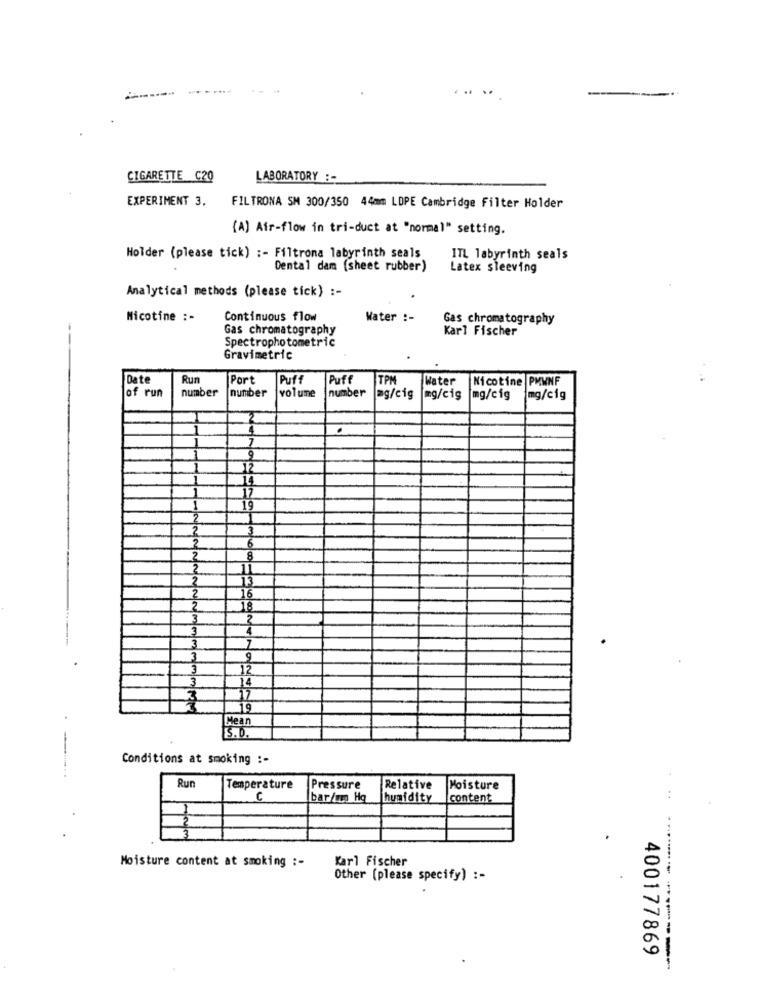
--
CIGARETTE C20
LABORATORY :-
EXPERIMENT 3.
FILTRONA SM 300/350 44mm LDPE Cambridge Filter Holder
(A) Air-flow in tri-duct at "normal" setting.
Holder (please tick) :- Filtrona labyrinth seals
ITL labyrinth seals
Dental dam (sheet rubber)
Latex sleeving
Analytical methods (please tick) :-
Nicotine :-
Continuous flow
Water :-
Gas chromatography
Gas chromatography
Karl Fischer
Spectrophotometric
Gravimetric
Date
Run
Port
Puf
Puff
TPM
Water
Nicotine PMWNF
number
number
number
of run
volume
mg/cig
mg/cis
mg/cig
img/cig
1
7
9
12
14
17
19
3
6
8
11
WwWWWWWwNn
13
16
18
7
9
12
14
17
19
Mean
S.D.
Conditions at smoking :-
Run
Temperature
Pressure
Relative
Moisture
6
bar/wo Hq
humidity
content
Moisture content at smoking :-
Karl Fischer
Other (please specify) :-
400177869